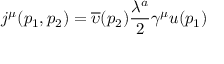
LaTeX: j ^ { \mu } ( p _ { 1 } , p _ { 2 } ) = \overline { { { \upsilon } } } ( p _ { 2 } ) \frac { \lambda ^ { a } } 2 \gamma ^ { \mu } u ( p _ { 1 } )